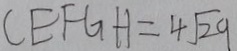
C E F G H = 4 \sqrt { 2 9 }